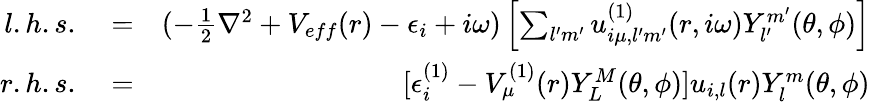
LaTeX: \begin{array}{rlr}{l.h.s.}&{{}=}&{(-\frac{1}{2}\nabla^{2}+V_{eff}(r)-\epsilon_{i}+i\omega)\left[\sum_{l^{\prime}m^{\prime}}u_{i\mu,l^{\prime}m^{\prime}}^{(1)}(r,i\omega)Y_{l^{\prime}}^{m^{\prime}}(\theta,\phi)\right]}\\ {r.h.s.}&{{}=}&{[\epsilon_{i}^{(1)}-V_{\mu}^{(1)}(r)Y_{L}^{M}(\theta,\phi)]u_{i,l}(r)Y_{l}^{m}(\theta,\phi)}\end{array}